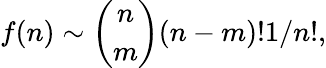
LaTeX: f(n)\sim{\binom{n}{m}}(n-m)!1/n!,